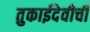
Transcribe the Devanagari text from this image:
तुकाईदेवीची